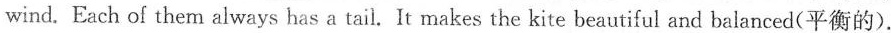
wind. Each of them always has a tail. It makes the kite beautiful and balanced(平衡的).